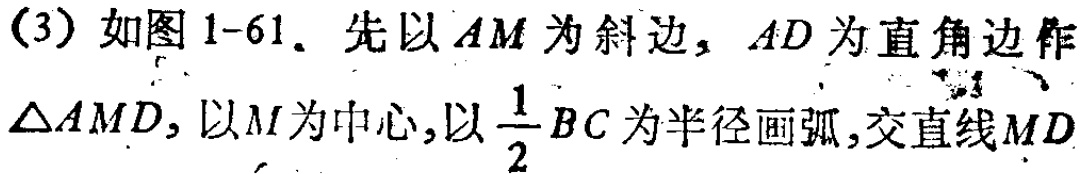
(3) 如图 1-61. 先以 \(AM\) 为斜边, \(AD\) 为直角边作 \(\triangle AMD\), 以 \(M\) 为中心,以 \(\frac{1}{2}BC\) 为半径画弧,交直线 \(MD\)